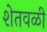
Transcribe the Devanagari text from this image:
शेतवळी